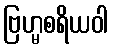
ဗြဟ္မစရိယဝါ